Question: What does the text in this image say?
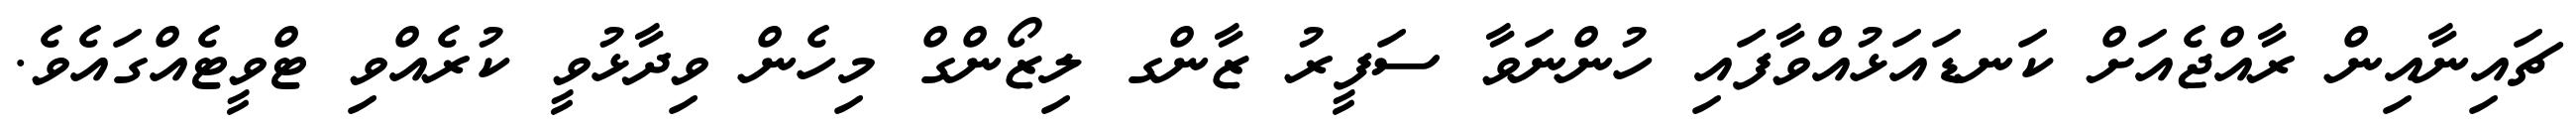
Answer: ޗައިނާއިން ރާއްޖެއަށް ކަނޑައަޅުއްވާފައި ހުންނަވާ ސަފީރު ޒާންގ ލިޒޯންގް މިހެން ވިދާޅުވީ ކުރެއްވި ޓްވީޓެއްގައެވެ.